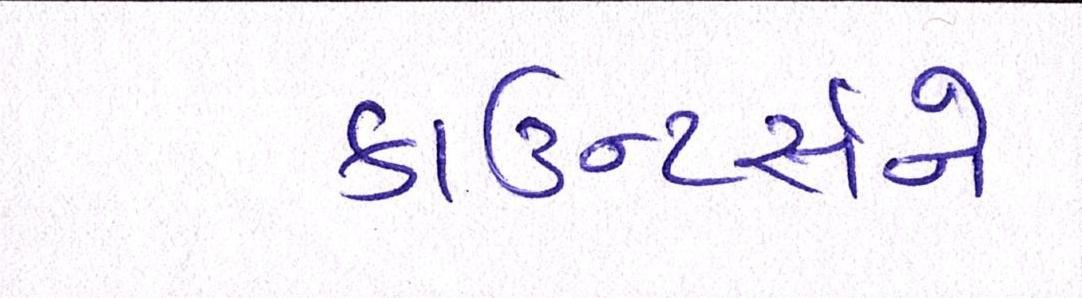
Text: કાઉન્ટર્સને